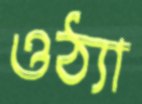
ওঠ্যা